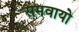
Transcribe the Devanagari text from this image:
समवायो